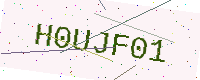
Text: H0UJF01